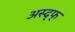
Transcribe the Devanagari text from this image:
अस्द्फ्